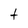
Character: t